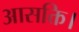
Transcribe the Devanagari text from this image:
आसक्ति।